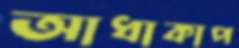
আধাকাপ